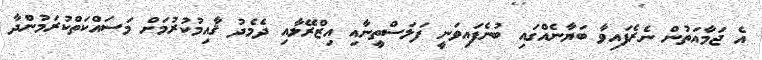
އެ ޖަމާއަތުން ނެރެފައިވާ ބަޔާނެއްގައި ބުނެފައިވަނީ ފަލަސްތީނާއި އިޒްރޭލާއި ދެމެދު ޤާއިމުކުރުމަށް މަސައްކަތްކުރަމުންދާ